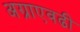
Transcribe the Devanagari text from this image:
अग्राएवढी